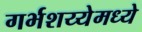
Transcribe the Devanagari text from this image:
गर्भशय्येमध्ये